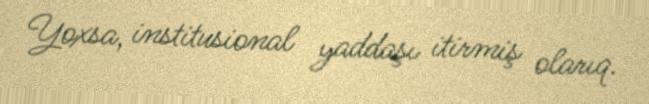
Yoxsa, institusional yaddaşı itirmiş olarıq.